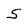
Character: 5